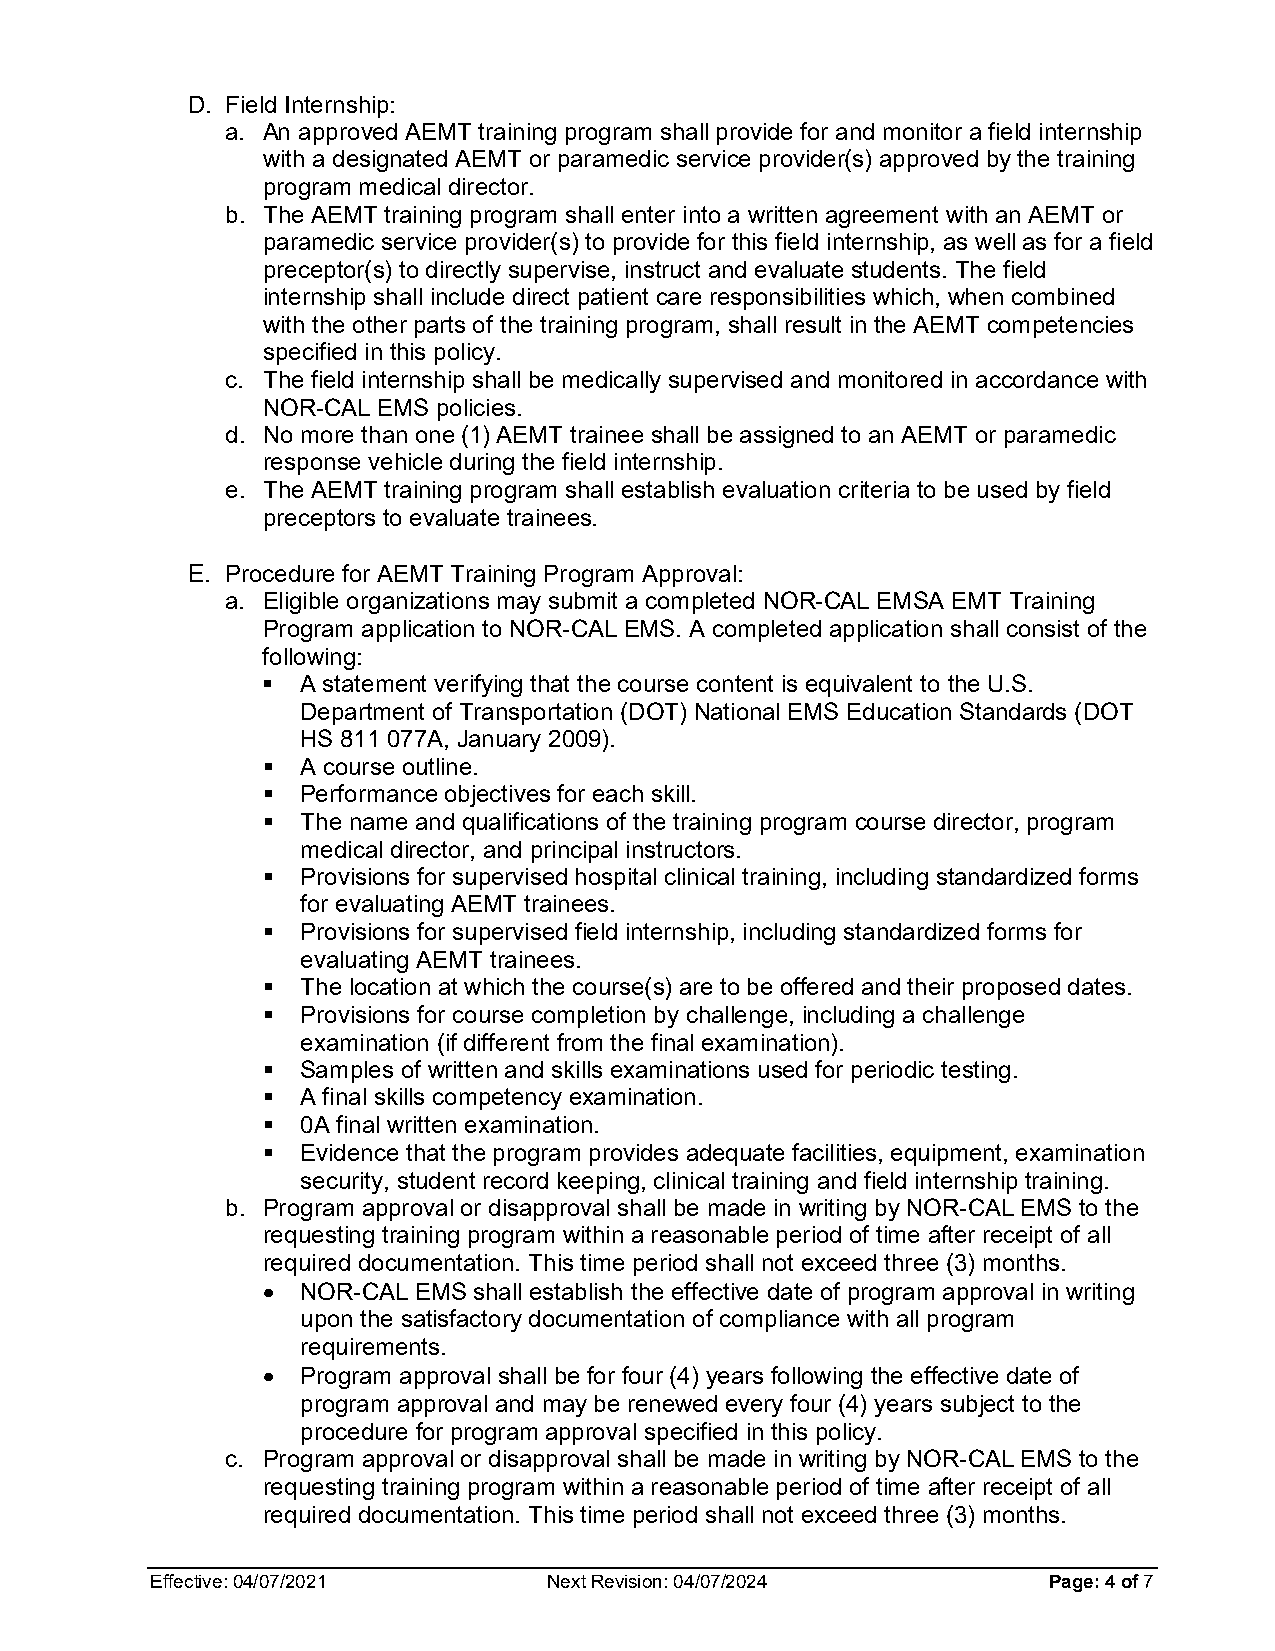
D. Field Internship:
 a. An approved AEMT training program shall provide for and monitor a field internship
 with a designated AEMT or paramedic service provider(s) approved by the training
 program medical director.
 b. The AEMT training program shall enter into a written agreement with an AEMT or
 paramedic service provider(s) to provide for this field internship, as well as for a field
 preceptor(s) to directly supervise, instruct and evaluate students. The field
 internship shall include direct patient care responsibilities which, when combined
 with the other parts of the training program, shall result in the AEMT competencies
 specified in this policy.
 c. The field internship shall be medically supervised and monitored in accordance with
 NOR-CAL EMS policies.
 d. No more than one (1) AEMT trainee shall be assigned to an AEMT or paramedic
 response vehicle during the field internship.
 e. The AEMT training program shall establish evaluation criteria to be used by field
 preceptors to evaluate trainees.
 E. Procedure for AEMT Training Program Approval:
 a. Eligible organizations may submit a completed NOR-CAL EMSA EMT Training
 Program application to NOR-CAL EMS. A completed application shall consist of the
 following:
   A statement verifying that the course content is equivalent to the U.S.
 Department of Transportation (DOT) National EMS Education Standards (DOT
 HS 811 077A, January 2009).
   A course outline.
   Performance objectives for each skill.
   The name and qualifications of the training program course director, program
 medical director, and principal instructors.
   Provisions for supervised hospital clinical training, including standardized forms
 for evaluating AEMT trainees.
   Provisions for supervised field internship, including standardized forms for
 evaluating AEMT trainees.
   The location at which the course(s) are to be offered and their proposed dates.
   Provisions for course completion by challenge, including a challenge
 examination (if different from the final examination).
   Samples of written and skills examinations used for periodic testing.
   A final skills competency examination.
   0A final written examination.
   Evidence that the program provides adequate facilities, equipment, examination
 security, student record keeping, clinical training and field internship training.
 b. Program approval or disapproval shall be made in writing by NOR-CAL EMS to the
 requesting training program within a reasonable period of time after receipt of all
 required documentation. This time period shall not exceed three (3) months.
 •  NOR-CAL EMS shall establish the effective date of program approval in writing
 upon the satisfactory documentation of compliance with all program
 requirements.
 •  Program approval shall be for four (4) years following the effective date of
 program approval and may be renewed every four (4) years subject to the
 procedure for program approval specified in this policy.
 c. Program approval or disapproval shall be made in writing by NOR-CAL EMS to the
 requesting training program within a reasonable period of time after receipt of all
 required documentation. This time period shall not exceed three (3) months.
 Effective: 04/07/2021     Next Revision: 04/07/2024        Page: 4 of 7